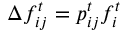
\Delta f _ { i j } ^ { t } = p _ { i j } ^ { t } f _ { i } ^ { t }